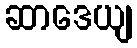
ဆာဒေယျ